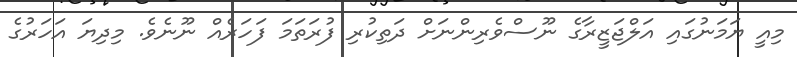
މިއީ ޔަމަނުގައި އަލްޖަޒީރާގެ ނޫސްވެރިންނަށް ދަތިކުރި ފުރަތަމަ ފަހަރެއް ނޫނެވެ. މިދިޔަ އަހަރުގެ